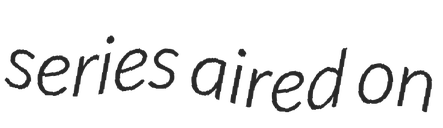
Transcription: series aired on